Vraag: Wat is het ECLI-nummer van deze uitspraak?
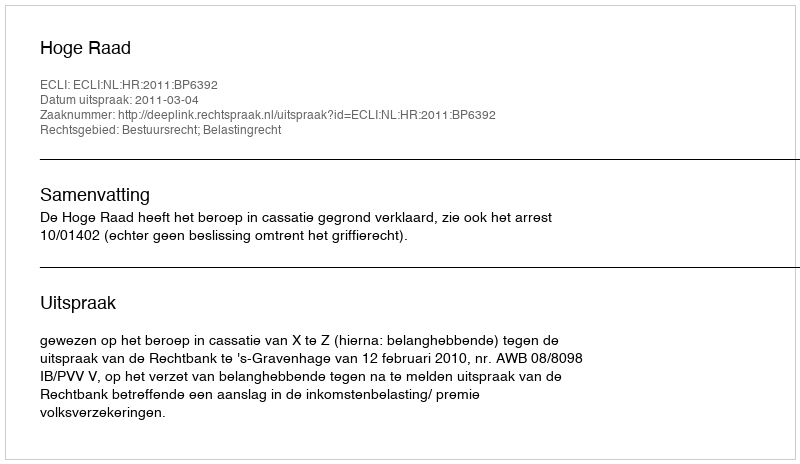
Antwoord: ECLI:NL:HR:2011:BP6392